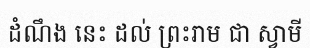
ដំណឹង នេះ ដល់ ព្រះរាម ជា ស្វាមី